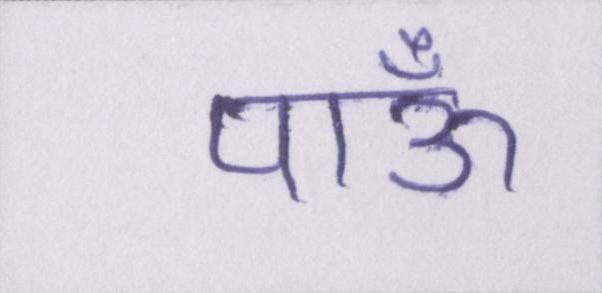
पाऊँ